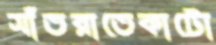
সাঁতরাতেকাটো